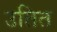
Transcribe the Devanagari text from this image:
उतित